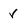
Character: r